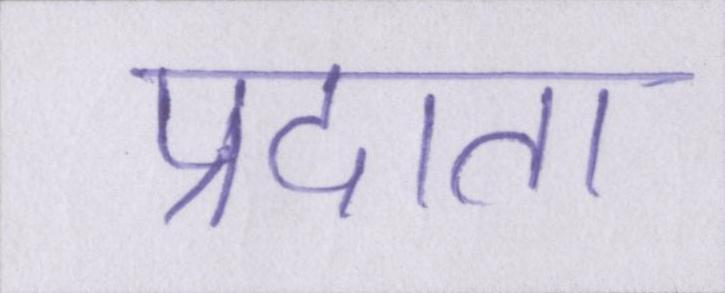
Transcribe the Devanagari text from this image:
प्रदाता